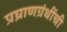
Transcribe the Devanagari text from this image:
प्रघ्राणग्रंथींची